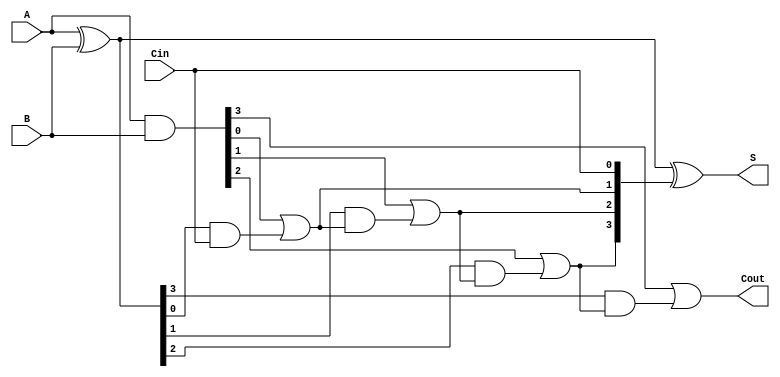
module CLA_Adder #(parameter N = 4) (
    input [N-1:0] A,    // First input binary number
    input [N-1:0] B,    // Second input binary number
    input Cin,          // Carry-in signal
    output [N-1:0] S,   // Sum output
    output Cout         // Carry-out signal
);

    // Generate (G) and Propagate (P) signals
    wire [N-1:0] G, P;
    wire [N:0] C; // Carry signals (C[0] to C[N])

    assign G = A & B;        // Generate signal: G[i] = A[i] & B[i]
    assign P = A ^ B;        // Propagate signal: P[i] = A[i] ^ B[i]

    // Carry lookahead logic
    assign C[0] = Cin; // Carry-in is the first carry
    generate
        genvar i;
        for (i = 1; i <= N; i = i + 1) begin : carry_logic
            assign C[i] = G[i-1] | (P[i-1] & C[i-1]); // C[i] = G[i-1] + (P[i-1] * C[i-1])
        end
    endgenerate

    // Sum calculation
    assign S = P ^ C[N-1:0]; // Sum: S[i] = P[i] ^ C[i]

    // Carry-out signal
    assign Cout = C[N]; // Carry-out is the last carry signal

endmodule